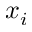
x _ { i }